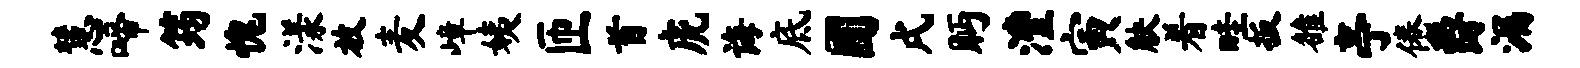
慧啼筠愧漾放麦嶂姨匝首虎诲底圃戌眄澧寅觖着畦扳雒亭倦爵漏